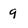
Character: q